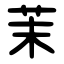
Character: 茉